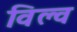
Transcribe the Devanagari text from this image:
विल्व